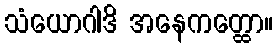
သံယောဂါဒိ အနေကတ္ထော။